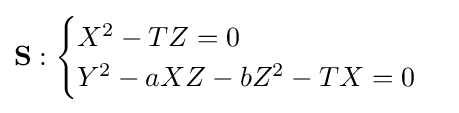
\mathbf {S} :{\begin{cases}X^{2}-TZ=0\\Y^{2}-aXZ-bZ^{2}-TX=0\end{cases}}